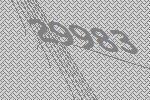
29983